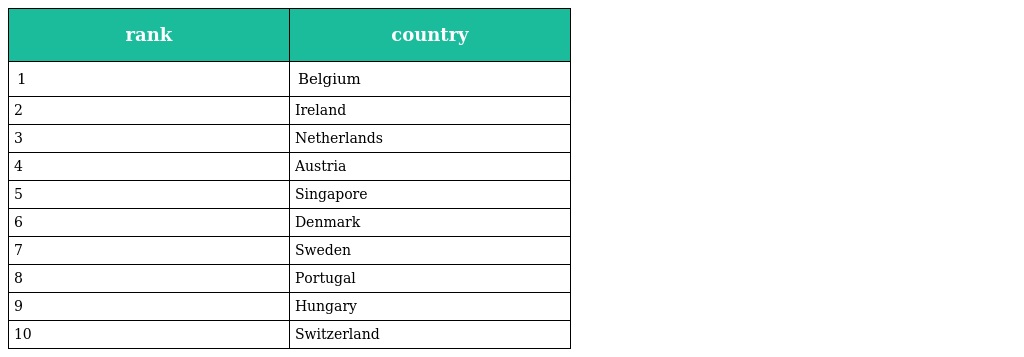
| rank | country |
 | --- | --- |
 | 1 | Belgium |
 | 2 | Ireland |
 | 3 | Netherlands |
 | 4 | Austria |
 | 5 | Singapore |
 | 6 | Denmark |
 | 7 | Sweden |
 | 8 | Portugal |
 | 9 | Hungary |
 | 10 | Switzerland |